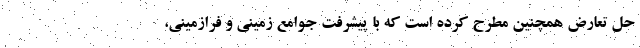
حل تعارض همچنین مطرح کرده است که با پیشرفت جوامع زمینی و فرازمینی،